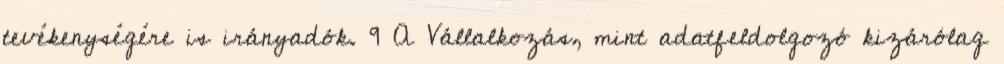
tevékenységére is irányadók. 9 A Vállalkozás, mint adatfeldolgozó kizárólag